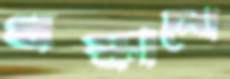
ধস্‌কানো